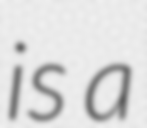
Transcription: is a